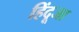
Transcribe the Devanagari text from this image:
हिंदूजा